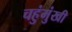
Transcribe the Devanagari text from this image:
चहुंमुंखी